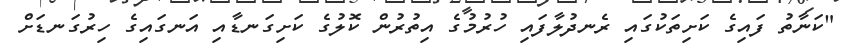
"ކަނާތު ފައިގެ ކަށިތަކުގައި ރެނދުލާފައި ހުރުމުގެ އިތުރުން ކޮލުގެ ކަށިގަނޑާއި އަނގައިގެ ހިރުގަނޑަށް